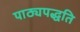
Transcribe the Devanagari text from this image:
पाठ्यपद्धति